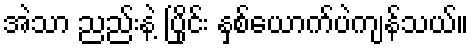
အဲသာ ညည်းနဲ့ ပြိုင်း နှစ်ယောက်ပဲကျန်သယ်။